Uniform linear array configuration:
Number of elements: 48
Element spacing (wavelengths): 0.25
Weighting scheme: exponential
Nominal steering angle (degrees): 15
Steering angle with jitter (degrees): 13.815
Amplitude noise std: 0.05
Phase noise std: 0.05

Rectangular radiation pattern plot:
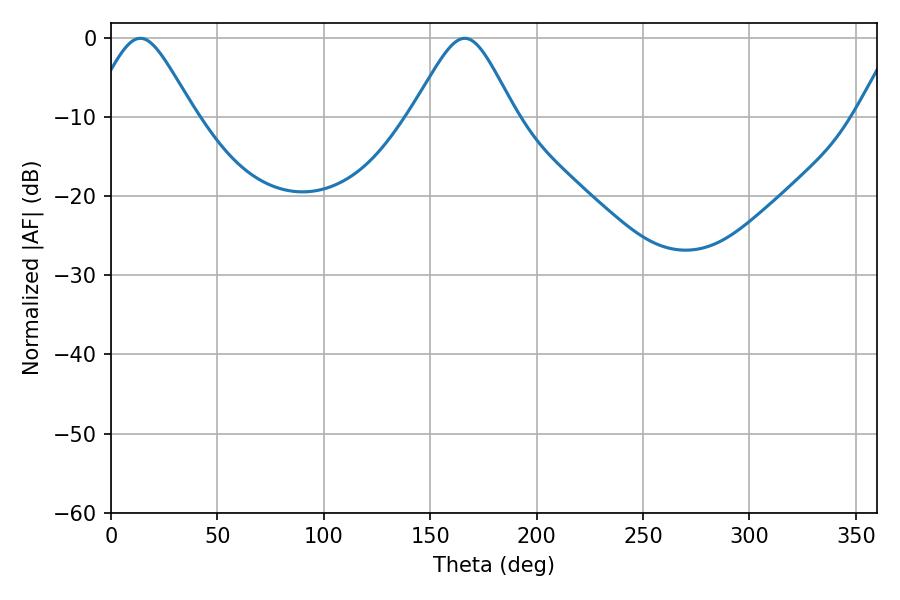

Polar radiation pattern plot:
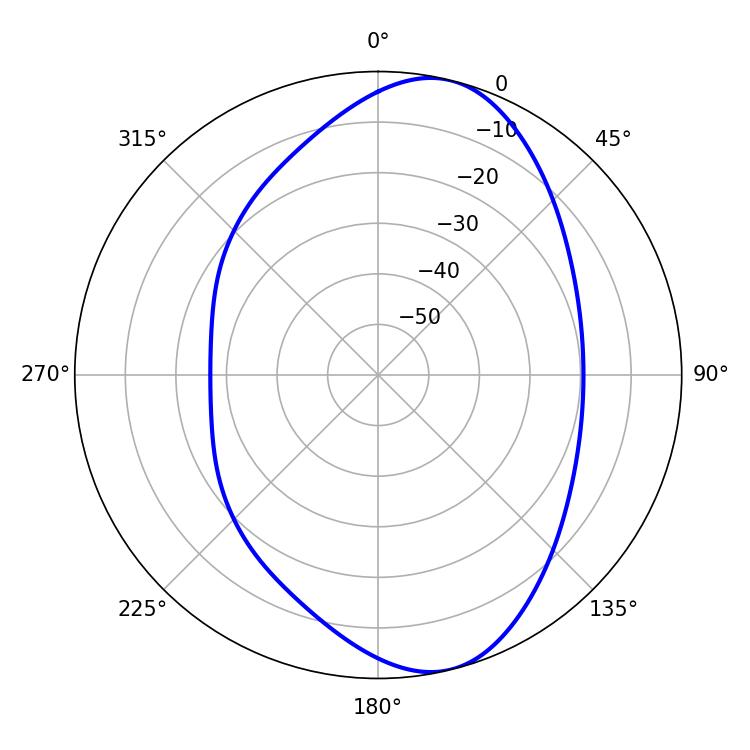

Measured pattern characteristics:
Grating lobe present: FALSE
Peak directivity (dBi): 9.13
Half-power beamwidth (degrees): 23.76
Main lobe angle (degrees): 13.86